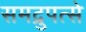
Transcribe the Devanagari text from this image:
समद्रुपत्से